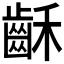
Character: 𪗮